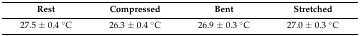
<table><thead><tr><td><b>Rest</b></td><td><b>Compressed</b></td><td><b>Bent</b></td><td><b>Stretched</b></td></tr></thead><tbody><tr><td>27.5 ± 0.4 °C</td><td>26.3 ± 0.4 °C</td><td>26.9 ± 0.3 °C</td><td>27.0 ± 0.3 °C</td></tr></tbody></table>